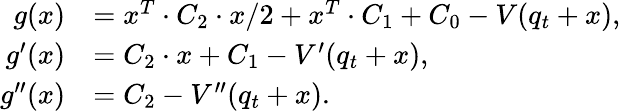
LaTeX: \begin{array}{rl}{g(x)}&{=x^{T}\cdot C_{2}\cdot x/2+x^{T}\cdot C_{1}+C_{0}-V(q_{t}+x),}\\ {g^{\prime}(x)}&{=C_{2}\cdot x+C_{1}-V^{\prime}(q_{t}+x),}\\ {g^{\prime\prime}(x)}&{=C_{2}-V^{\prime\prime}(q_{t}+x).}\end{array}